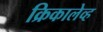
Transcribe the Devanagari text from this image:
क्रिकालेव्ह